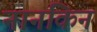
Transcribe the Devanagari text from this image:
नानकिन